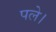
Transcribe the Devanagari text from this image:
पले।